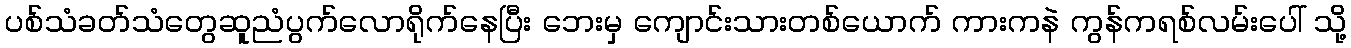
ပစ်သံခတ်သံတွေဆူညံပွက်လောရိုက်နေပြီး ဘေးမှ ကျောင်းသားတစ်ယောက် ကားကနဲ ကွန်ကရစ်လမ်းပေါ် သို့